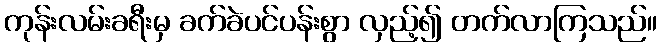
ကုန်းလမ်းခရီးမှ ခက်ခဲပင်ပန်းစွာ လှည့်၍ တက်လာကြသည်။